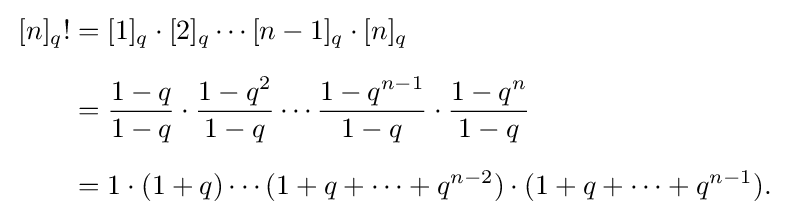
{\begin{aligned}\,[n]_{q}!&=[1]_{q}\cdot [2]_{q}\cdots [n-1]_{q}\cdot [n]_{q}\\[6pt]&={\frac {1-q}{1-q}}\cdot {\frac {1-q^{2}}{1-q}}\cdots {\frac {1-q^{n-1}}{1-q}}\cdot {\frac {1-q^{n}}{1-q}}\\[6pt]&=1\cdot (1+q)\cdots (1+q+\cdots +q^{n-2})\cdot (1+q+\cdots +q^{n-1}).\end{aligned}}